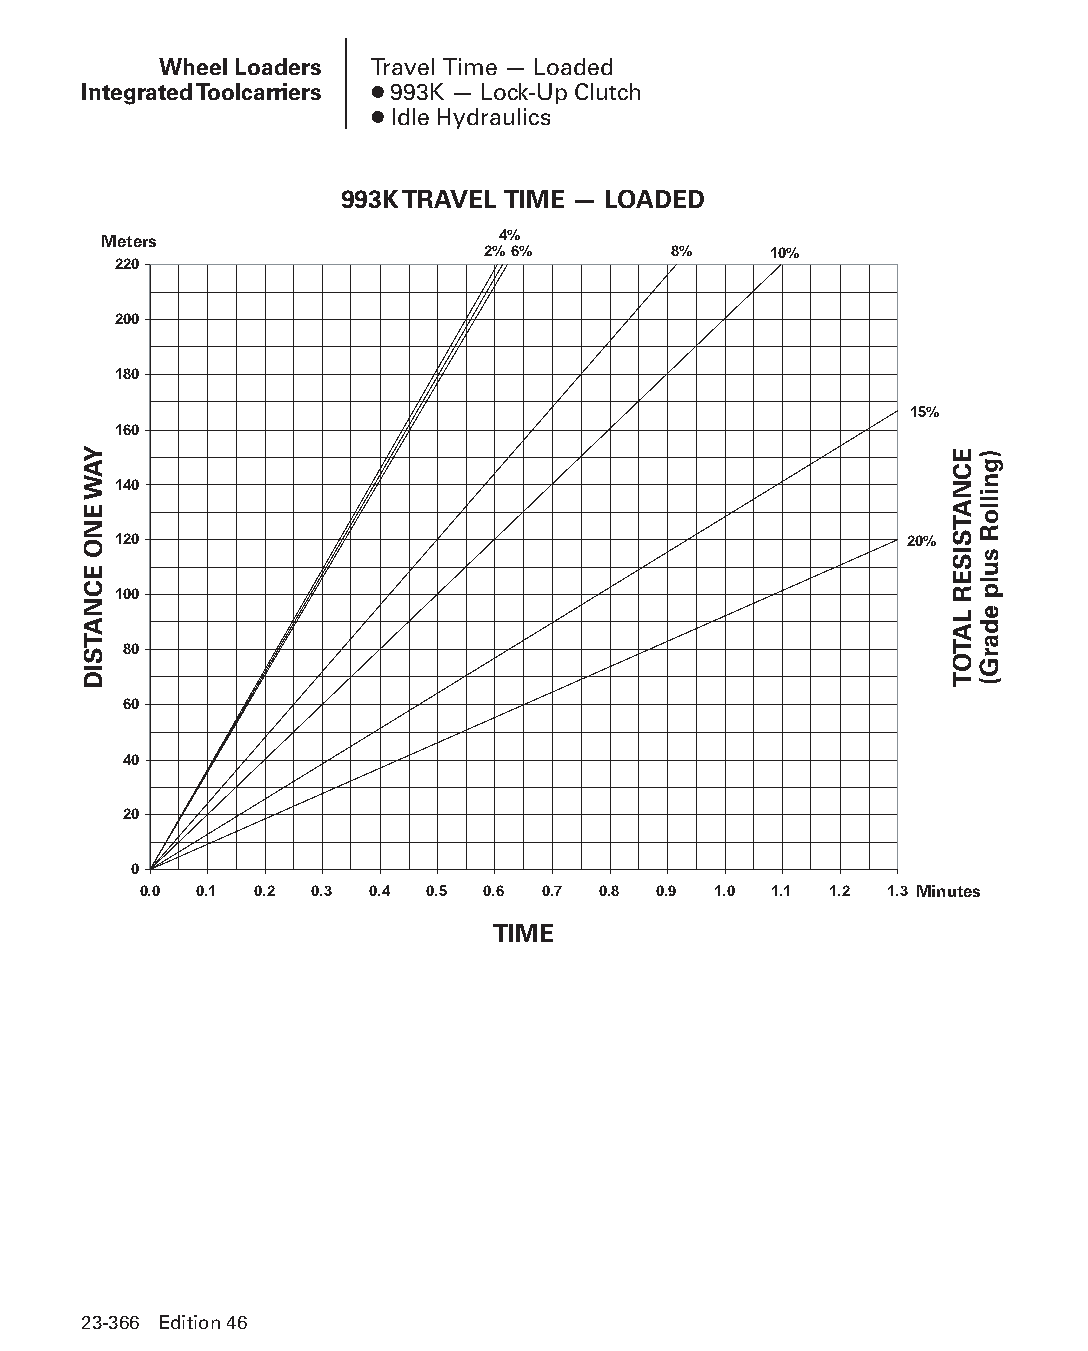
Wheel Loaders Travel Time — Loaded
 Integrated Toolcarriers ● 993K — Lock-Up Clutch
 ● Idle Hydraulics
 993K TRAVEL TIME — LOADED
 Meters                    4%
 2%6%         8%    10%
 220
 200
 180
 15%
 160
 140
 120                                                 20%
 100
 80
 60
 40
 20
 00
 0.0 0.1 0.2 0.3 0.4 0.5 0.6 0.7 0.8 0.9 1.0 1.1 1.2 1.3 Minutes
 TIME
 23-366 Edition 46
 PPHHBB--SSeecc2233((ppgg332255--338800))..iinndddd 336666      1122//44//1155 1111::1133 AAMM
 YAW
 ENO
 ECNATSID
 ECNATSISER
 LATOT
 )gnilloR
 sulp
 edarG(